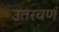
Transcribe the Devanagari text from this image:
उतरवणं